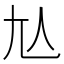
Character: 𡯈